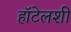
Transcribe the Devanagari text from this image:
हॉटेलशी